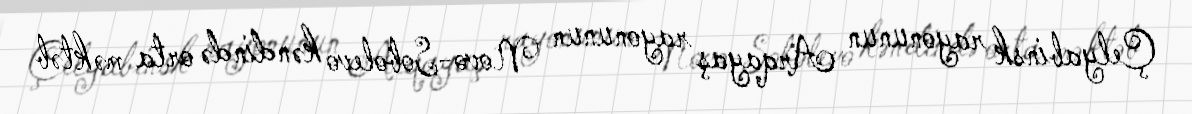
Çelyabinsk rayonunun Arqayaş rayonunun Novo-Sobolevo kəndində orta məktəb